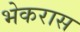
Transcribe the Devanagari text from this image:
भेकरास